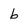
Character: b